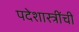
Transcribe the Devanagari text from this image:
पदेशास्त्रींची